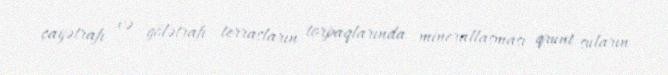
çayətrafı və gölətrafı terrasların torpaqlarında minerallaşması qrunt suların